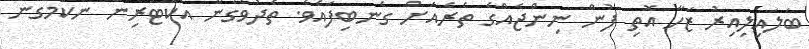
ބަލައިލިއިރު ޒަހާ އޮތި ފުން ނިންޖެއްގެ ތެރެއަށް ގެނބިފައެވެ. ތެދުވެގެން އެކޮޓަރިން ނުކުމެގެން